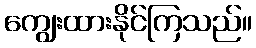
ကျွေးထားနိုင်ကြသည်။